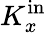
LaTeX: K_{x}^{\mathrm{in}}